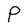
Character: P